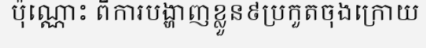
ប៉ុណ្ណោះ ពីការបង្ហាញខ្លួន៩ប្រកួតចុងក្រោយ